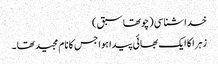
خداشناسی (چوتھاسبق )
زہرا کا ایک بھائی پیدا ہوا جس کا نام مجید تھا ۔